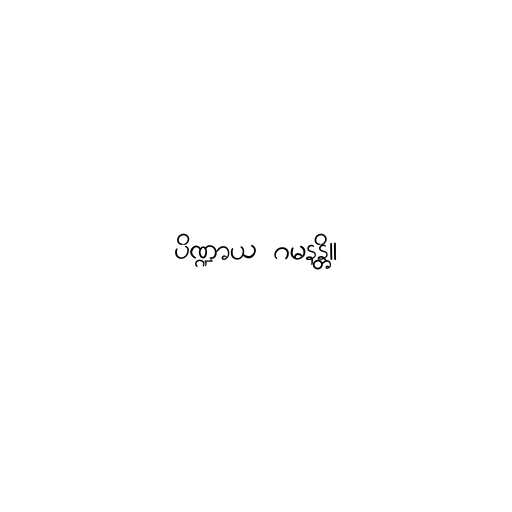
ပိဏ္ဍာယ ဂမနန္တိ။